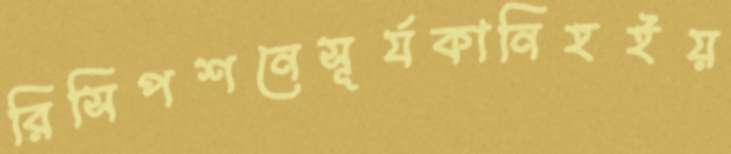
রিসিপশনেসূর্যকানিহইয়